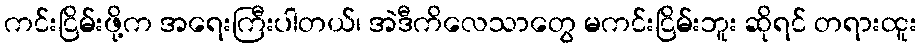
ကင်းငြိမ်းဖို့က အရေးကြီးပါတယ်၊ အဲဒီကိလေသာတွေ မကင်းငြိမ်းဘူး ဆိုရင် တရားထူး